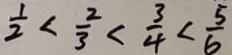
\frac { 1 } { 2 } < \frac { 2 } { 3 } < \frac { 3 } { 4 } < \frac { 5 } { 6 }